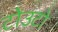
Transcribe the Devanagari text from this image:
टोउटो